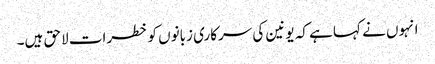
انہوں نے کہا ہے کہ یونین کی سرکاری زبانوں کو خطرات لاحق ہیں۔